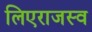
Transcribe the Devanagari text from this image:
लिएराजस्व